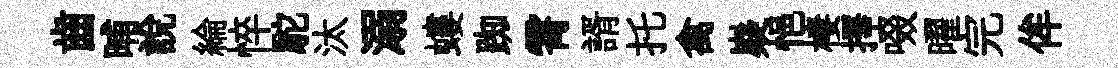
齒晡說綸悴駝汰溺螻踟霄諝托禽嶷悒棲擇啜曜完侔